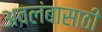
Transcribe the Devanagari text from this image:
अवलंबासाठी